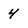
Character: 4